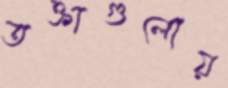
তক্তাগুলোয়